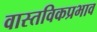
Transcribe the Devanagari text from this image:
वास्तविकप्रभाव